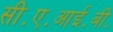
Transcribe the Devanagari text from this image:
सी॰ए॰आई॰बी॰